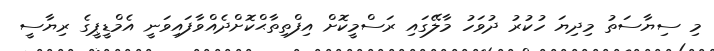
މި ސިޔާސަތު މިދިޔަ ހުކުރު ދުވަހު މާލޭގައި ރަސްމީކޮށް އިފްތިތާޙްކޮށްދެއްވާފައިވަނީ އެމްޑީޕީގެ ރިޔާސީ